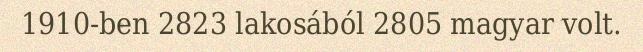
1910-ben 2823 lakosából 2805 magyar volt.